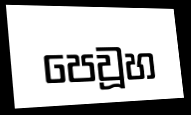
පෙවූහ